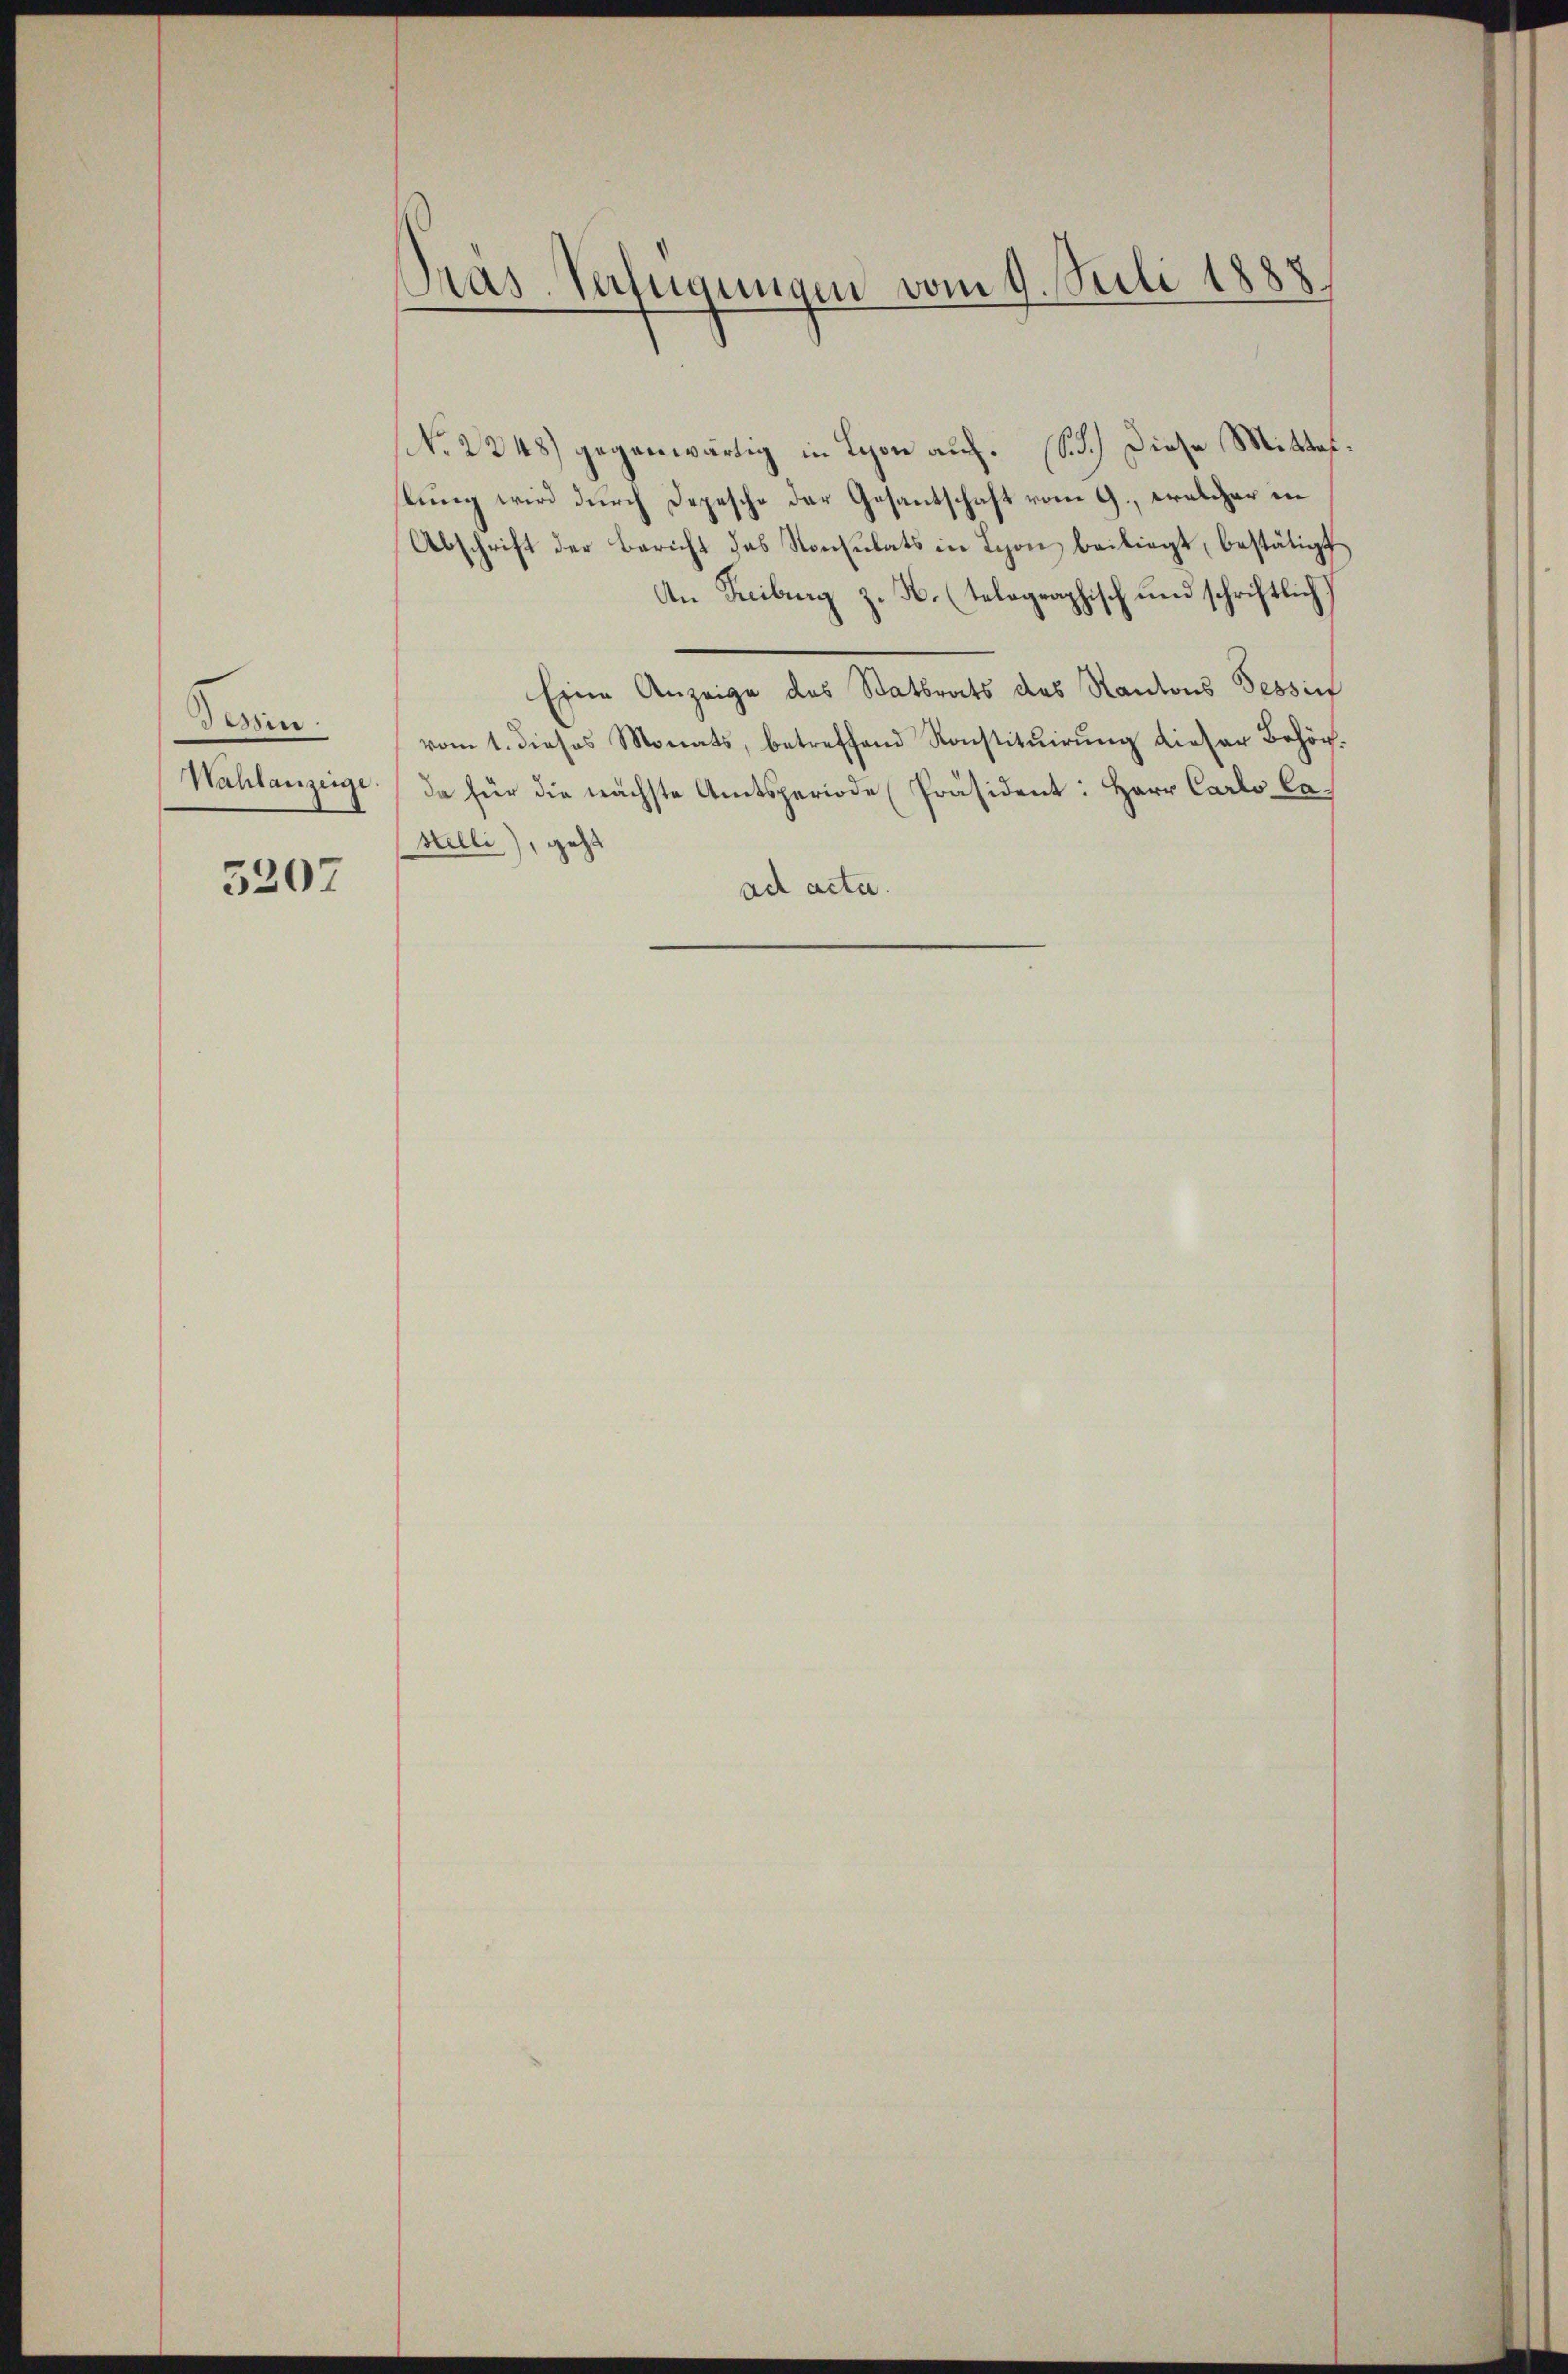
Den
Nahlanzeige

5207

Pras-Verfügungen vom 9. Juli 1888.

No. 2248) gegenwärtig in Lyon auf. (S. d.) Diese Mittet.
tung wird durch Depesche der Gesantschaft vom 9., welcher in
Abschrift der Bericht das Konsulats in Lyon beiliegt, bestätigt
An Freiburg z. H. (telographisch und schriftlich
Eine Anzeige des Statbrats des Kantons Tessin
vom 1. dieses Monats, betreffend Konstitŭirŭng dieser Behörda für die nächste Amtsperiode Präsident: Herr Carlo Castelli), geht
ad acta.